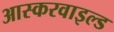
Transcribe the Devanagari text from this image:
आस्करवाइल्ड